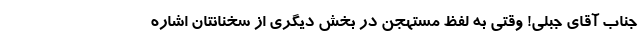
جناب آقای جبلی! وقتی به لفظ مستهجن در بخش دیگری از سخنانتان اشاره